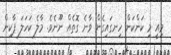
މިއީ މި ކަންކަން ހިނގައިގެން ވާނެ ގޮތެއް ނޫނެވެ. މާލެ ކަހަލަ ޕާކިން